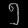
Digit: ၅